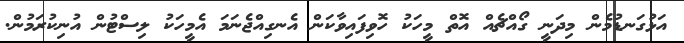
އަޅުގަނޑުމެން މިދަނީ ގޯއްޗެއް އޮތް މީހަކު ހޮވިފައިވާކަން އެނގިއްޖެނަމަ އެމީހަކު ލިސްޓުން އުނިކުރަމުން.